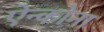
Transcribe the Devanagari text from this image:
ऐन्कोना